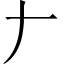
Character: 𠂇